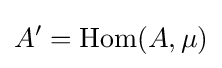
A^{\prime }=\mathrm {Hom} (A,\mu )